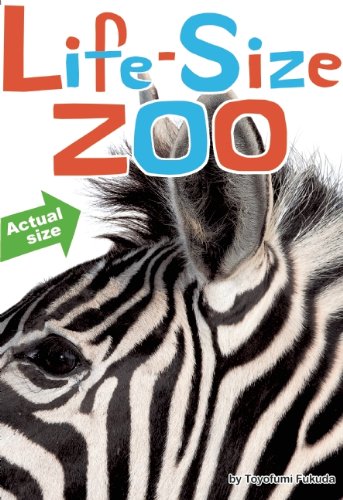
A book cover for Life-Size Zoo: From Tiny Rodents to Gigantic Elephants, An Actual-Size Animal Encyclopedia; Reference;